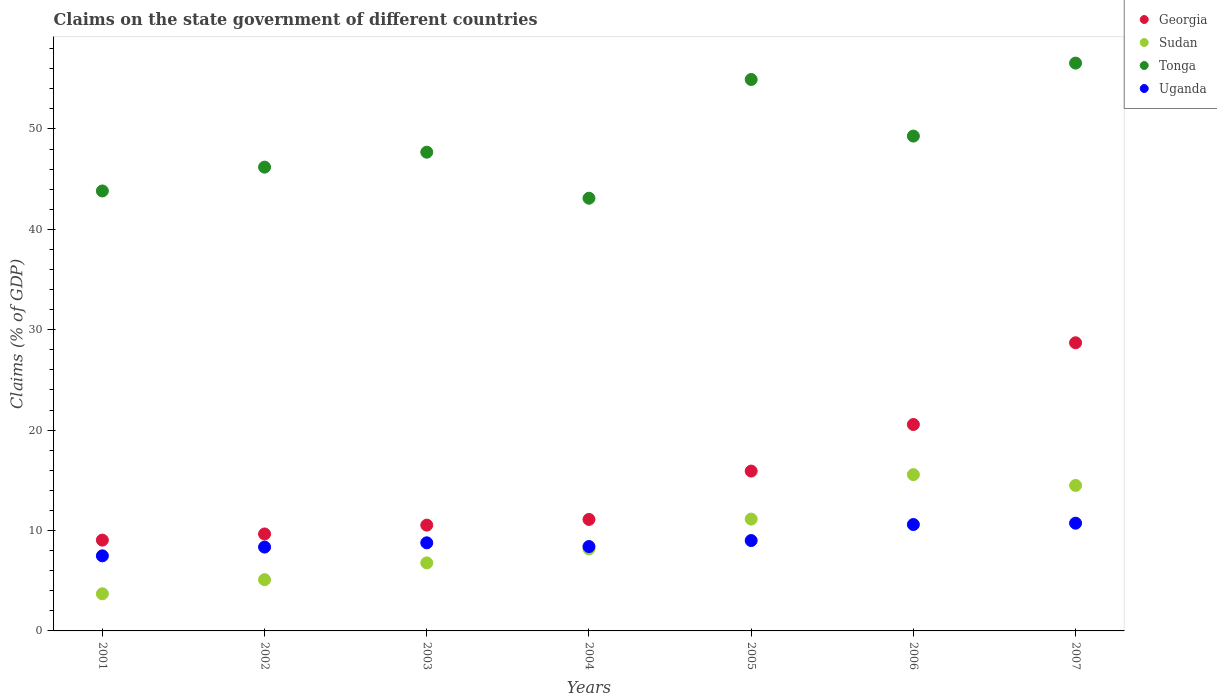
| Years | Georgia | Sudan | Tonga | Uganda |
 | --- | --- | --- | --- | --- |
 | 2001 | 9.05 | 3.7 | 43.8 | 7.48 |
 | 2002 | 9.66 | 5.1 | 46.2 | 8.35 |
 | 2003 | 10.5 | 6.77 | 47.7 | 8.78 |
 | 2004 | 11.1 | 8.17 | 43.1 | 8.4 |
 | 2005 | 15.9 | 11.1 | 54.9 | 9 |
 | 2006 | 20.6 | 15.6 | 49.3 | 10.6 |
 | 2007 | 28.7 | 14.5 | 56.6 | 10.7 |